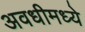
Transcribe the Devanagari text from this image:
अवधीमध्ये